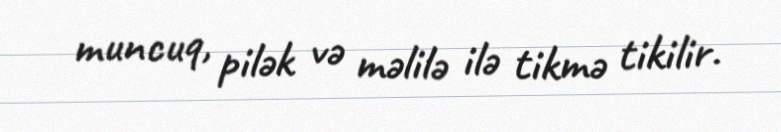
muncuq, pilək və məlilə ilə tikmə tikilir.